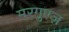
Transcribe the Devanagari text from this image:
मरगुएज़